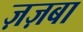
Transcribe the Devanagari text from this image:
ज़ज़बा